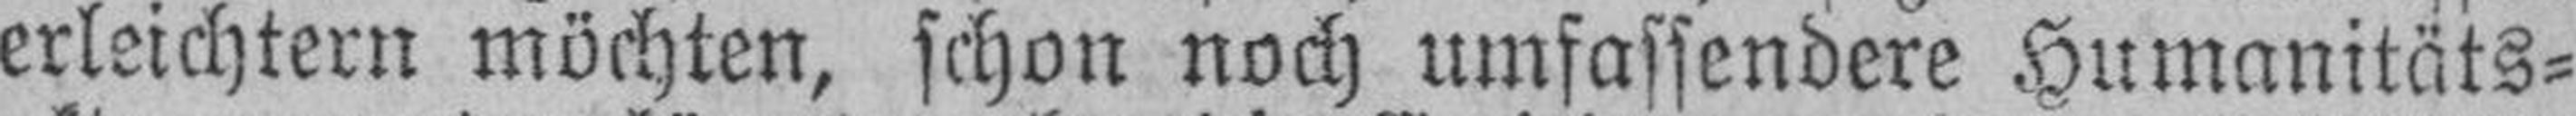
erleichtern möchten, schon noch umfassendere Humanitäts¬